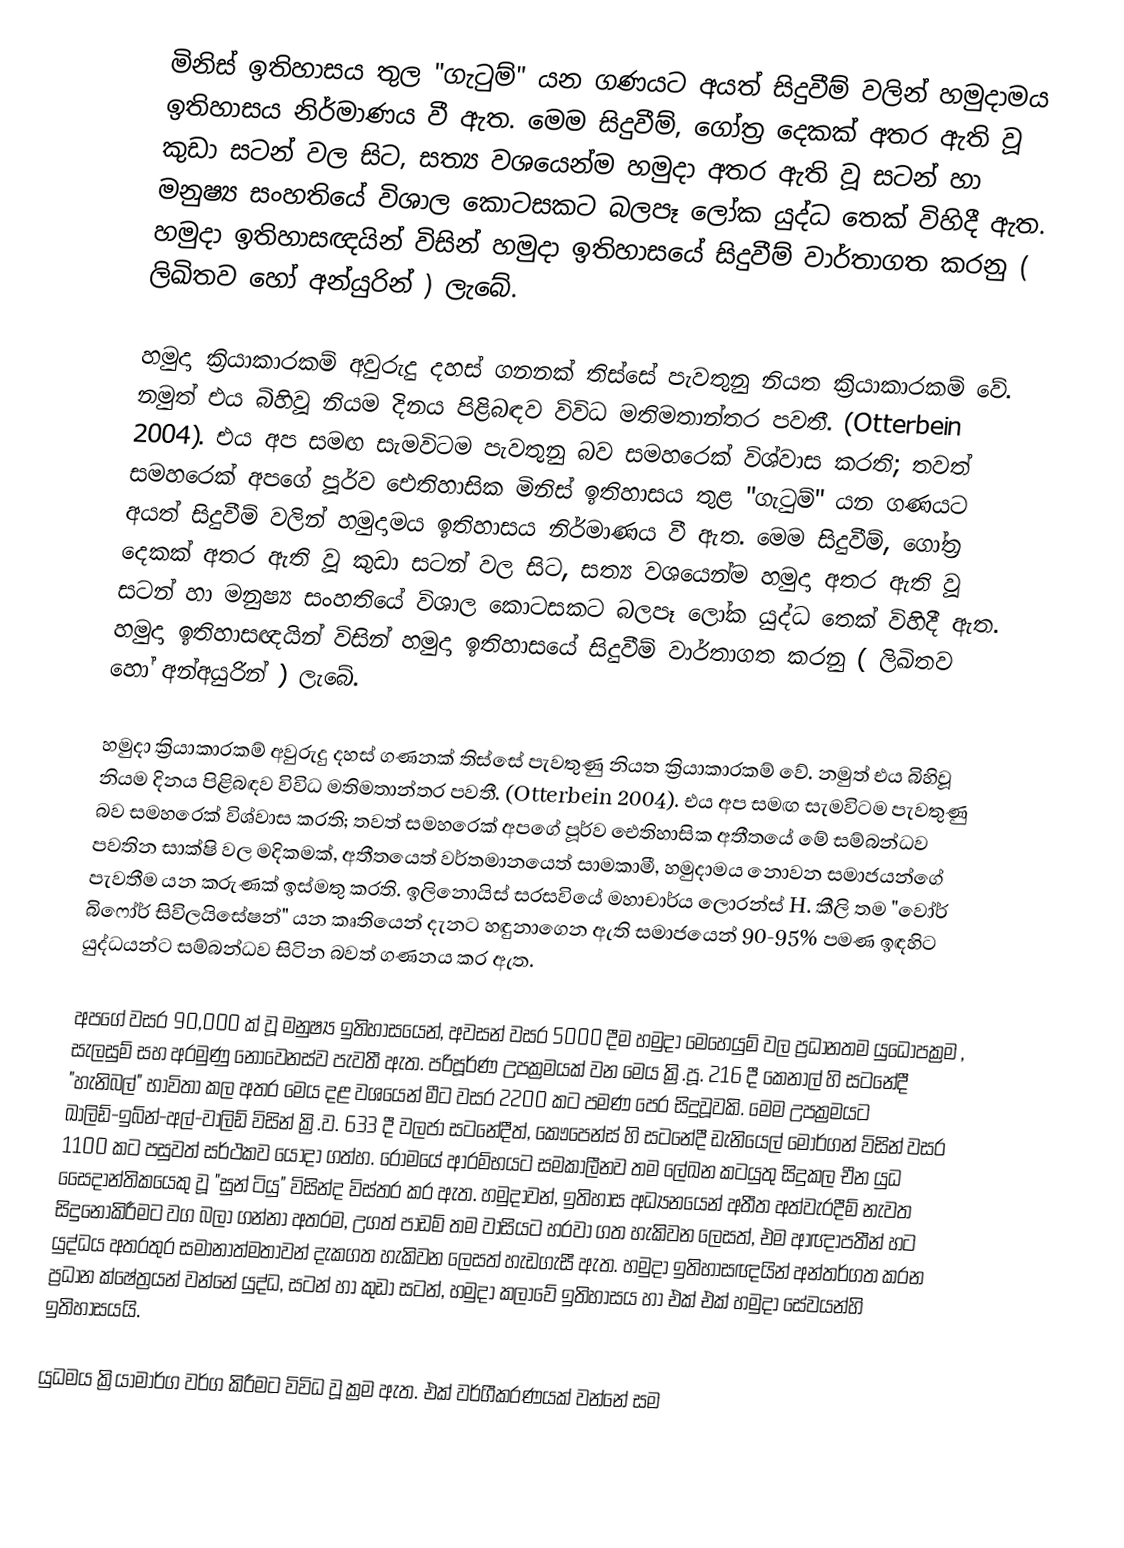
මිනිස් ඉතිහාසය තුල "ගැටුම්" යන ගණයට අයත් සිදුවීම් වලින් හමුදාමය ඉතිහාසය නිර්මාණය වී ඇත. මෙම සිදුවීම්, ගෝත්‍ර දෙකක් අතර ඇති වූ කුඩා සටන් වල සිට, සත්‍ය වශයෙන්ම හමුදා අතර ඇති වූ සටන් හා මනුෂ්‍ය සංහතියේ විශාල කොටසකට බලපෑ ලෝක යුද්ධ තෙක් විහිදී ඇත. හමුදා ඉතිහාසඥයින් විසින් හමුදා ඉතිහාසයේ සිදුවීම් වාර්තාගත කරනු ( ලිඛිතව හෝ අන්යුරින් ) ලැබේ.

හමුදා ක්‍රියාකාරකම් අවුරුදු දහස් ගනනක් තිස්සේ පැවතුනු නියත ක්‍රියාකාරකම් වේ. නමුත් එය බිහිවූ නියම දිනය පිළිබඳව විවිධ මතිමතාන්තර පවතී. (Otterbein 2004).  එය අප සමඟ සැමවිටම පැවතුනු බව සමහරෙක් විශ්වාස කරති; තවත් සමහරෙක් අපගේ පූර්ව ඓතිහාසික මිනිස් ඉතිහාසය තුළ "ගැටුම්" යන ගණයට අයත් සිදුවීම් වලින් හමුදාමය ඉතිහාසය නිර්මාණය වී ඇත. මෙම සිදුවීම්, ගෝත්‍ර දෙකක් අතර ඇති වූ කුඩා සටන් වල සිට, සත්‍ය වශයෙන්ම හමුදා අතර ඇති වූ සටන් හා මනුෂ්‍ය සංහතියේ විශාල කොටසකට බලපෑ ලෝක යුද්ධ තෙක් විහිදී ඇත. හමුදා ඉතිහාසඥයින් විසින් හමුදා ඉතිහාසයේ සිදුවීම් වාර්තාගත කරනු ( ලිඛිතව හෝ අන්අයුරින් ) ලැබේ.

හමුදා ක්‍රියාකාරකම් අවුරුදු දහස් ගණනක් තිස්සේ පැවතුණු නියත ක්‍රියාකාරකම් වේ. නමුත් එය බිහිවූ නියම දිනය පිළිබඳව විවිධ මතිමතාන්තර පවතී. (Otterbein 2004).  එය අප සමඟ සැමවිටම පැවතුණු බව සමහරෙක් විශ්වාස කරති; තවත් සමහරෙක් අපගේ පූර්ව ඓතිහාසික අතීතයේ මේ සම්බන්ධව පවතින සාක්ෂි වල මදිකමක්, අතීතයෙත් වර්තමානයෙත් සාමකාමී, හමුදාමය නොවන සමාජයන්ගේ පැවතීම යන කරුණක් ඉස්මතු කරති. ඉලිනොයිස් සරසවියේ මහාචාර්ය ලොරන්ස් H. කීලි තම "වෝර් බිෆෝර් සිවිලයිසේෂන්" යන කෘතියෙන් දැනට හඳුනාගෙන ඇති සමාජයෙන් 90-95% පමණ ඉඳහිට යුද්ධයන්ට සම්බන්ධව සිටින බවත් ගණනය කර ඇත.

අපගේ වසර 90,000 ක් වූ මනුෂ්‍ය ඉතිහාසයෙන්, අවසන් වසර 5000 දීම හමුදා මෙහෙයුම් වල ප්‍රධානතම යුධෝපක්‍රම , සැලසුම් සහ අරමුණු නොවෙනස්ව පැවතී ඇත. පරිපූර්ණ උපක්‍රමයක් වන මෙය ක්‍රි.පූ. 216 දී කෙනාල් හි සටනේදී "හැනිබල්" භාවිතා කල අතර මෙය දළ වශයෙන් මීට වසර 2200 කට පමණ පෙර සිදුවූවකි. මෙම උපක්‍රමයට ඛාලිඩ්-ඉබ්න්-අල්-වාලිඩ් විසින් ක්‍රි.ව. 633 දී වලජා සටනේදීත්, කෞපෙන්ස් හි සටනේදී ඩැනියෙල් මෝර්ගන් විසින් වසර 1100 කට පසුවත් සර්ථකව යොදා ගත්හ. රෝමයේ ආරම්භයට  සමකාලීනව තම ලේඛන කටයුතු සිදුකල චීන යුධ සෛදාන්තිකයෙකු වූ "සුන් ටියු" විසින්ද විස්තර කර ඇත. හමුදාවන්, ඉතිහාස අධ්‍යනයෙන් අතීත අත්වැරදීම් නැවත සිදුනොකිරීමට වග බලා ගන්නා අතරම, උගත් පාඩම් තම වාසියට හරවා ගත හැකිවන ලෙසත්, එම ආඥාපතීන් හට යුද්ධය අතරතුර සමානාත්මතාවන් දැකගත හැකිවන ලෙසත් හැඩගැසී ඇත. හමුදා ඉතිහාසඥයින් අන්තර්ගත කරන ප්‍රධාන ක්ෂේත්‍රයන් වන්නේ යුද්ධ, සටන් හා කුඩා සටන්, හමුදා කලාවේ ඉතිහාසය හා එක් එක් හමුදා සේවයන්හි ඉතිහාසයයි.

යුධමය ක්‍රියාමාර්ග වර්ග කිරීමට විවිධ වූ ක්‍රම ඇත. එක් වර්ගීකරණයක් වන්නේ සම